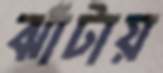
ঝাঁটায়